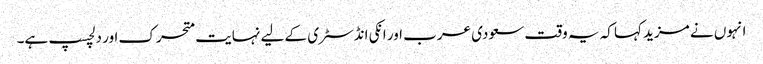
انہوں نے مزید کہا کہ یہ وقت سعودی عرب اور انکی انڈسٹری کے لیے نہایت متحرک اور دلچسپ ہے۔